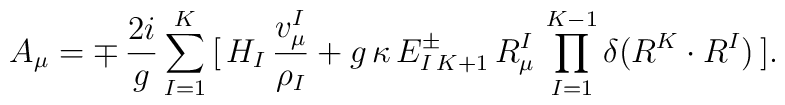
A_\mu=\mp\,{2i\over g}\sum_{I=1}^K\,[\,H_I\,{v_\mu^I\over\rho_I}+g\,\kappa\,E^\pm_{I\,K+1}\,R_\mu^I\,\prod_{I=1}^{K-1}\delta(R^K\cdot R^I)\,].